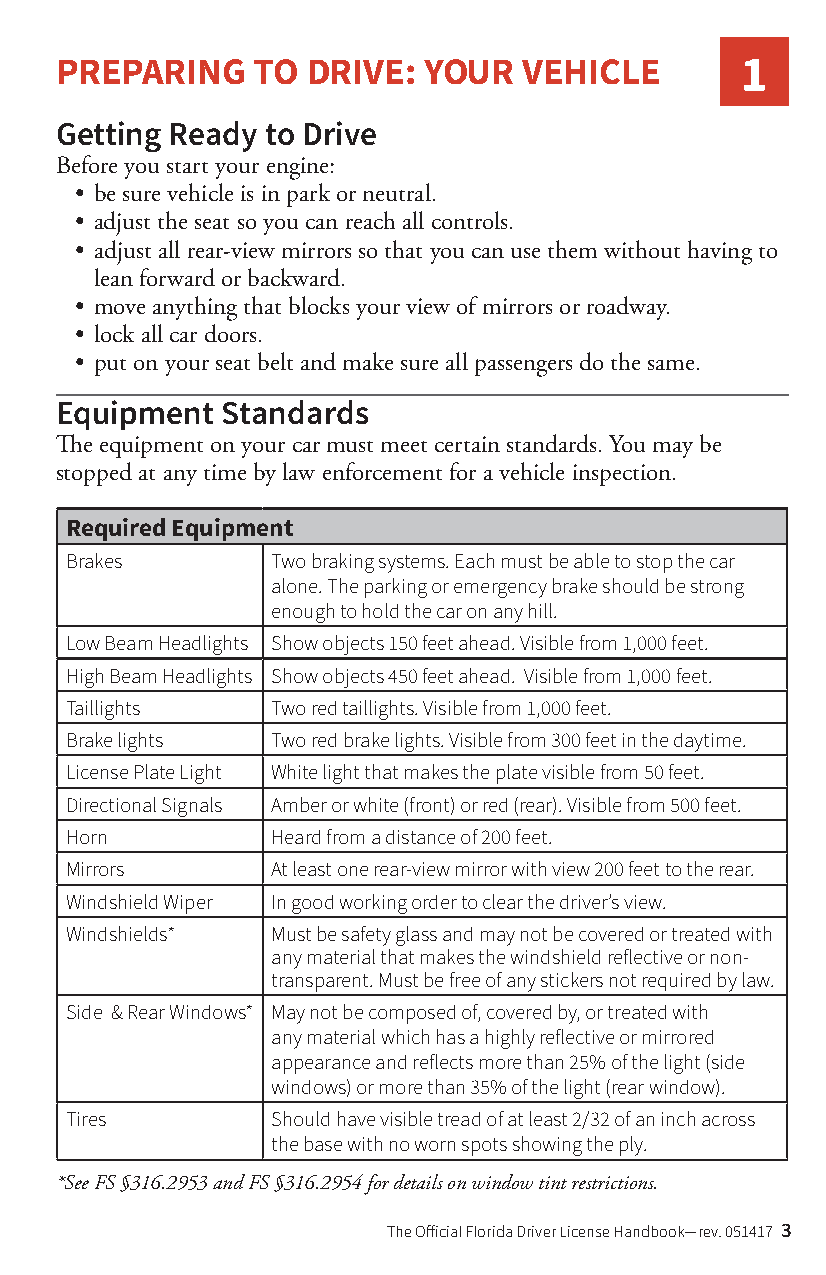
PREPARING    TO DRIVE:  YOUR   VEHICLE       1
 Getting Ready to Drive
 Before you start your engine:
 • be sure vehicle is in park or neutral.
 • adjust the seat so you can reach all controls.
 • adjust all rear-view mirrors so that you can use them without having to
 lean forward or backward.
 • move anything that blocks your view of mirrors or roadway.
 • lock all car doors.
 • put on your seat belt and make sure all passengers do the same.
 Equipment  Standards
 The equipment on your car must meet certain standards. You may be
 stopped at any time by law enforcement for a vehicle inspection.
 Required Equipment
 Brakes        Two braking systems. Each must be able to stop the car
 alone. The parking or emergency brake should be strong
 enough to hold the car on any hill.
 Low Beam Headlights Show objects 150 feet ahead. Visible from 1,000 feet.
 High Beam Headlights Show objects 450 feet ahead. Visible from 1,000 feet.
 Taillights    Two red taillights. Visible from 1,000 feet.
 Brake lights  Two red brake lights. Visible from 300 feet in the daytime.
 License Plate Light White light that makes the plate visible from 50 feet.
 Directional Signals Amber or white (front) or red (rear). Visible from 500 feet.
 Horn          Heard from a distance of 200 feet.
 Mirrors       At least one rear-view mirror with view 200 feet to the rear.
 Windshield Wiper In good working order to clear the driver’s view.
 Windshields*  Must be safety glass and may not be covered or treated with
 any material that makes the windshield reflective or non-
 transparent. Must be free of any stickers not required by law.
 Side & Rear Windows* May not be composed of, covered by, or treated with
 any material which has a highly reflective or mirrored
 appearance and reflects more than 25% of the light (side
 windows) or more than 35% of the light (rear window).
 Tires         Should have visible tread of at least 2/32 of an inch across
 the base with no worn spots showing the ply.
 *See FS §316.2953 and FS §316.2954 for details on window tint restrictions.
 The Official Florida Driver License Handbook—rev. 051417 3